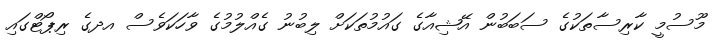
މޫސުމީ ކާރިސާތަކުގެ ސަބަބުން އޭޝިއާގެ ގައުމުތަކަށް ލިބުނު ގެއްލުމުގެ ވާހަކަވެސް އދގެ ރިޕޯޓްގައި